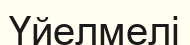
Үйелмелі